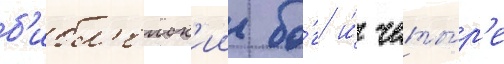
б'ибл'еиск'ии бо́г и́ четы́р'е